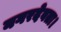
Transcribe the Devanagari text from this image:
नगरदेवता।